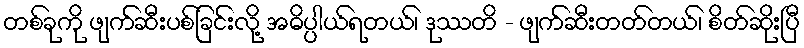
တစ်ခုကို ဖျက်ဆီးပစ်ခြင်းလို့ အဓိပ္ပါယ်ရတယ်၊ ဒုဿတိ - ဖျက်ဆီးတတ်တယ်၊ စိတ်ဆိုးပြီ